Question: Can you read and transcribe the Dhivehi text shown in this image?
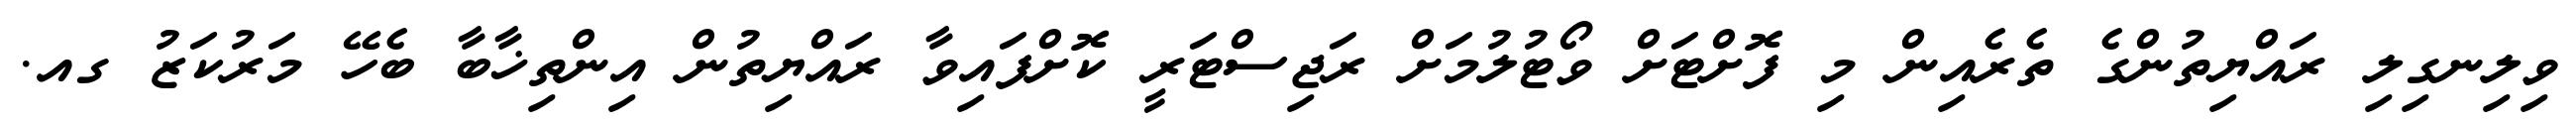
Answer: ވިލިނގިލި ރައްޔިތުންގެ ތެރެއިން މި ފޮށްޓަށް ވޯޓުލުމަށް ރަޖިސްޓަރީ ކޮށްފައިވާ ރައްޔިތުން އިންތިޚާބާ ބެހޭ މަރުކަޒު ގއ.